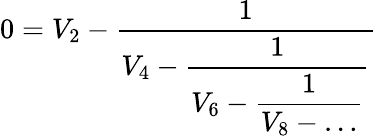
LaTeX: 0=V_{2}-\frac{1}{\displaystyle V_{4}-\frac{1}{\displaystyle V_{6}-\frac{1}{\displaystyle V_{8}-\ldots}}}